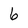
Character: 6